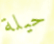
حيلة